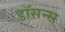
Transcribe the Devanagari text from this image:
डॉसन्स